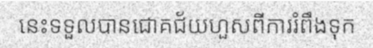
នេះទទួលបានជោគជ័យហួសពីការរំពឹងទុក